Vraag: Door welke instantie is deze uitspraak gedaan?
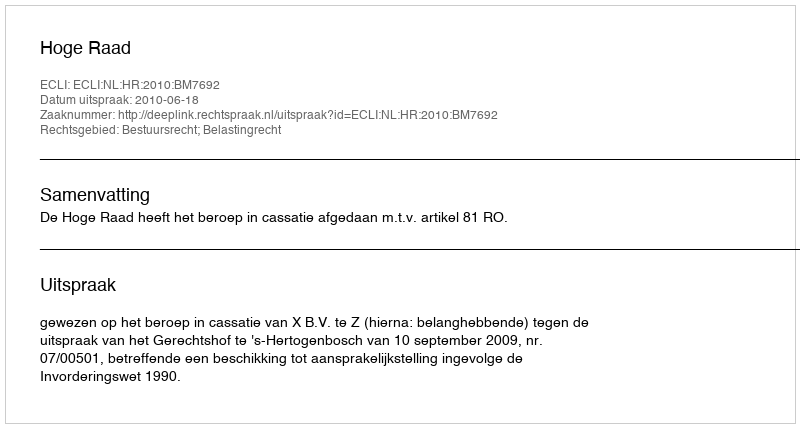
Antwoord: Hoge Raad